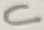
Text: C